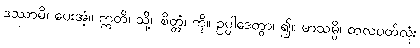
ဒဿာမိ၊ ပေးအံ့။ ဣတိ၊ သို့။ စိတ္တံ၊ ကို။ ဥပ္ပါဒေတွာ၊ ၍။ မာသမ္ပိ၊ တလပတ်လုံး